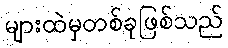
များထဲမှတစ်ခုဖြစ်သည်